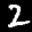
Digit: 2